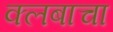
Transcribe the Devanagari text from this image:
क्लबाचा